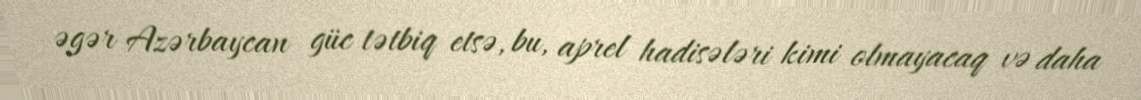
əgər Azərbaycan güc tətbiq etsə, bu, aprel hadisələri kimi olmayacaq və daha